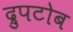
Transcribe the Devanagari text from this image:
द्रुपटोब